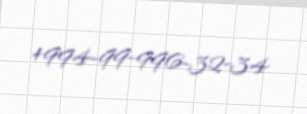
+994-99-996-32-34